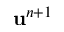
\mathbf u ^ { n + 1 }